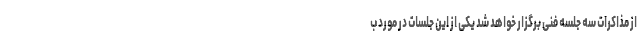
از مذاکرات سه جلسه فنی برگزار خواهد شد یکی از این جلسات در مورد ب